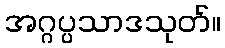
အဂ္ဂပ္ပသာဒသုတ်။